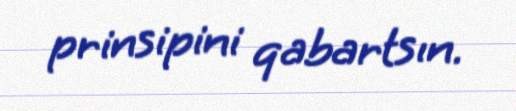
prinsipini qabartsın.